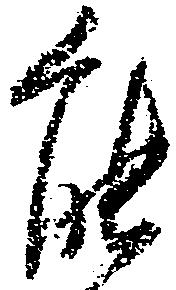
能